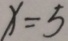
x = 5